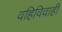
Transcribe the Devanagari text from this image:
वहिविवाही